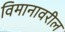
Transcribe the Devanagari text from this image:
विमानावरील